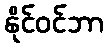
နိုင်ဝင်ဘာ